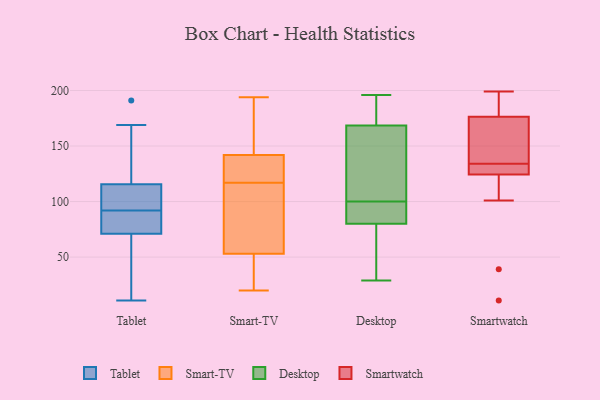
{"axis": {"x": "Satisfaction Score", "y": "Value"}, "legend": ["Desktop", "Smart-TV", "Smartwatch", "Tablet"], "data": [{"x": "", "y": 79, "type": "Tablet"}, {"x": "", "y": 65, "type": "Tablet"}, {"x": "", "y": 165, "type": "Tablet"}, {"x": "", "y": 92, "type": "Tablet"}, {"x": "", "y": 99, "type": "Tablet"}, {"x": "", "y": 73, "type": "Tablet"}, {"x": "", "y": 11, "type": "Tablet"}, {"x": "", "y": 58, "type": "Tablet"}, {"x": "", "y": 191, "type": "Tablet"}, {"x": "", "y": 97, "type": "Tablet"}, {"x": "", "y": 169, "type": "Tablet"}, {"x": "", "y": 97, "type": "Tablet"}, {"x": "", "y": 84, "type": "Tablet"}, {"x": "", "y": 20, "type": "Smart-TV"}, {"x": "", "y": 54, "type": "Smart-TV"}, {"x": "", "y": 46, "type": "Smart-TV"}, {"x": "", "y": 52, "type": "Smart-TV"}, {"x": "", "y": 146, "type": "Smart-TV"}, {"x": "", "y": 167, "type": "Smart-TV"}, {"x": "", "y": 138, "type": "Smart-TV"}, {"x": "", "y": 90, "type": "Smart-TV"}, {"x": "", "y": 119, "type": "Smart-TV"}, {"x": "", "y": 115, "type": "Smart-TV"}, {"x": "", "y": 194, "type": "Smart-TV"}, {"x": "", "y": 138, "type": "Smart-TV"}, {"x": "", "y": 141, "type": "Desktop"}, {"x": "", "y": 77, "type": "Desktop"}, {"x": "", "y": 89, "type": "Desktop"}, {"x": "", "y": 83, "type": "Desktop"}, {"x": "", "y": 85, "type": "Desktop"}, {"x": "", "y": 29, "type": "Desktop"}, {"x": "", "y": 40, "type": "Desktop"}, {"x": "", "y": 196, "type": "Desktop"}, {"x": "", "y": 111, "type": "Desktop"}, {"x": "", "y": 186, "type": "Desktop"}, {"x": "", "y": 159, "type": "Desktop"}, {"x": "", "y": 178, "type": "Desktop"}, {"x": "", "y": 126, "type": "Smartwatch"}, {"x": "", "y": 178, "type": "Smartwatch"}, {"x": "", "y": 164, "type": "Smartwatch"}, {"x": "", "y": 171, "type": "Smartwatch"}, {"x": "", "y": 39, "type": "Smartwatch"}, {"x": "", "y": 125, "type": "Smartwatch"}, {"x": "", "y": 199, "type": "Smartwatch"}, {"x": "", "y": 184, "type": "Smartwatch"}, {"x": "", "y": 124, "type": "Smartwatch"}, {"x": "", "y": 134, "type": "Smartwatch"}, {"x": "", "y": 101, "type": "Smartwatch"}, {"x": "", "y": 11, "type": "Smartwatch"}, {"x": "", "y": 138, "type": "Smartwatch"}, {"x": "", "y": 132, "type": "Smartwatch"}, {"x": "", "y": 182, "type": "Smartwatch"}]}